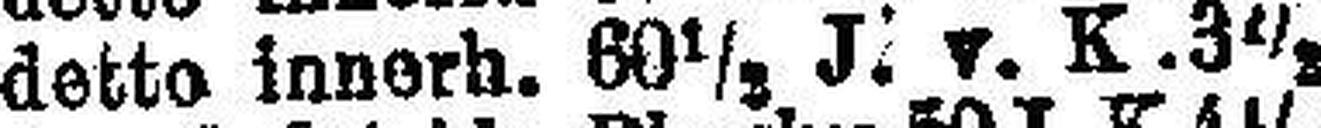
detto innerb. 60½ J. v. K 3½